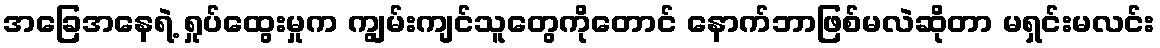
အခြေအနေရဲ့ ရှုပ်ထွေးမှုက ကျွမ်းကျင်သူတွေကိုတောင် နောက်ဘာဖြစ်မလဲဆိုတာ မရှင်းမလင်း